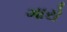
ગારો